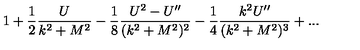
1 + { \frac { 1 } { 2 } } { \frac { U } { k ^ { 2 } + M ^ { 2 } } } - { \frac { 1 } { 8 } } { \frac { U ^ { 2 } - U ^ { \prime \prime } } { ( k ^ { 2 } + M ^ { 2 } ) ^ { 2 } } } - { \frac { 1 } { 4 } } { \frac { k ^ { 2 } U ^ { \prime \prime } } { ( k ^ { 2 } + M ^ { 2 } ) ^ { 3 } } } + . . .